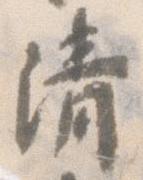
清